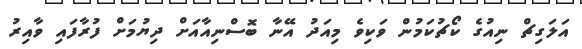
އަލަގިޗް ނިއުގެ ކޯޗުކަމުން ވަކިވެ މިއަދު އޭނާ ބޮސްނިއާއަށް ދިޔުމަށް ފުރާފައި ވާއިރު